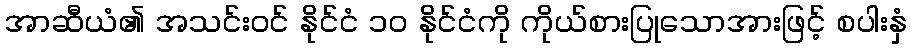
အာဆီယံ၏ အသင်းဝင် နိုင်ငံ ၁၀ နိုင်ငံကို ကိုယ်စားပြုသောအားဖြင့် စပါးနှံ